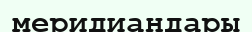
меридиандары